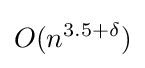
O(n^{3.5+\delta })